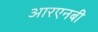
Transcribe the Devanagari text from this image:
आरएनबी